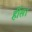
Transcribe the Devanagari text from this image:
हींस।